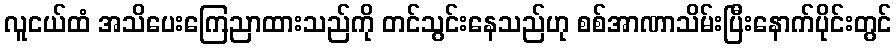
လူငယ်ထံ အသိပေးကြေညာထားသည်ကို တင်သွင်းနေသည်ဟု စစ်အာဏာသိမ်းပြီးနောက်ပိုင်းတွင်